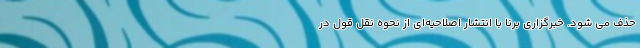
حذف می شود. خبرگزاری برنا با انتشار اصلاحیه‌ای از نحوه نقل قول در